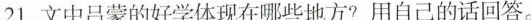
21.文中吕蒙的好学体现在哪些地方?用自己的话回答。